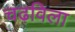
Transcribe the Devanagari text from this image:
चढ़विला